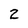
Character: 2